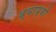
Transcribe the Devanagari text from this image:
व्याप्यो